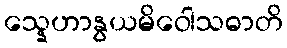
သ္နေဟာနွယမိဝေါသဓာတိ